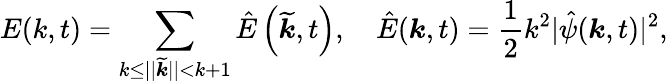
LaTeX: E(k,t)=\sum_{k\leq||\widetilde{\boldsymbol{k}}||<{k+1}}\hat{E}\left(\widetilde{\boldsymbol{k}},t\right),\quad\hat{E}(\boldsymbol{k},t)=\frac{1}{2}k^{2}|\hat{\psi}(\boldsymbol{k},t)|^{2},